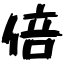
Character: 倍